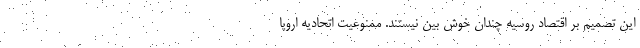
این تصمیم بر اقتصاد روسیه چندان خوش بین نیستند. ممنوعیت اتحادیه اروپا